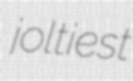
joltiest